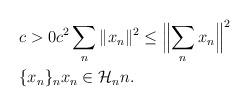
LaTeX: \begin{align*}\begin{aligned}& c>0 c^2\sum_n\| x_n\|^2\leq\Bigl \|\sum_n x_n\Bigr \|^2 \\ & \{x_n\}_n x_n\in\mathcal H_n n. \end{aligned}\end{align*}